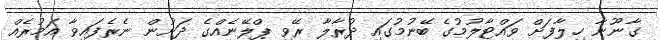
ގާނޫނާ ހިލާފަށް ވައްޓާލުމުގެ ބޭނުމުގައި ދުރާލާ ރޭވި ޕްލޭނެއްގެ ދަށުން ނެރެފައިވާ އަމުރެއް